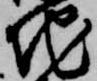
地